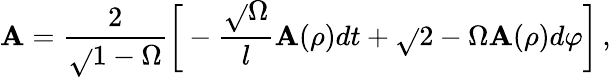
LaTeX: \mathbf{A}=\frac{{2}}{{\sqrt{}{{1-\Omega}}}}{\biggl[}-\frac{{\sqrt{}{{\Omega}}}}{{l}}\mathbf{A}(\rho)dt+\sqrt{}{{2-\Omega}}\mathbf{A}(\rho)d\varphi{\biggr]}\, ,